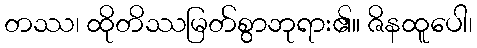
တဿ၊ ထိုတိဿမြတ်စွာဘုရား၏။ ဇိနထူပေါ၊